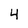
Character: 4